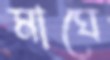
মাঘে